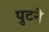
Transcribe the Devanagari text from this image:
पुटने